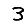
Digit: 3